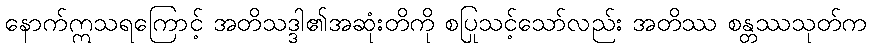
နောက်ဣသရကြောင့် အတိသဒ္ဒါ၏အဆုံးတိကို စပြုသင့်သော်လည်း အတိဿ စန္တဿသုတ်က